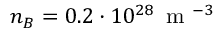
n _ { B } = 0 . 2 \cdot 1 0 ^ { 2 8 } \, \mathrm { ~ m ~ } ^ { - 3 }